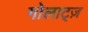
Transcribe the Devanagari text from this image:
गोलाट्ज़